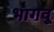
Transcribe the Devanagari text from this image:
भागवू